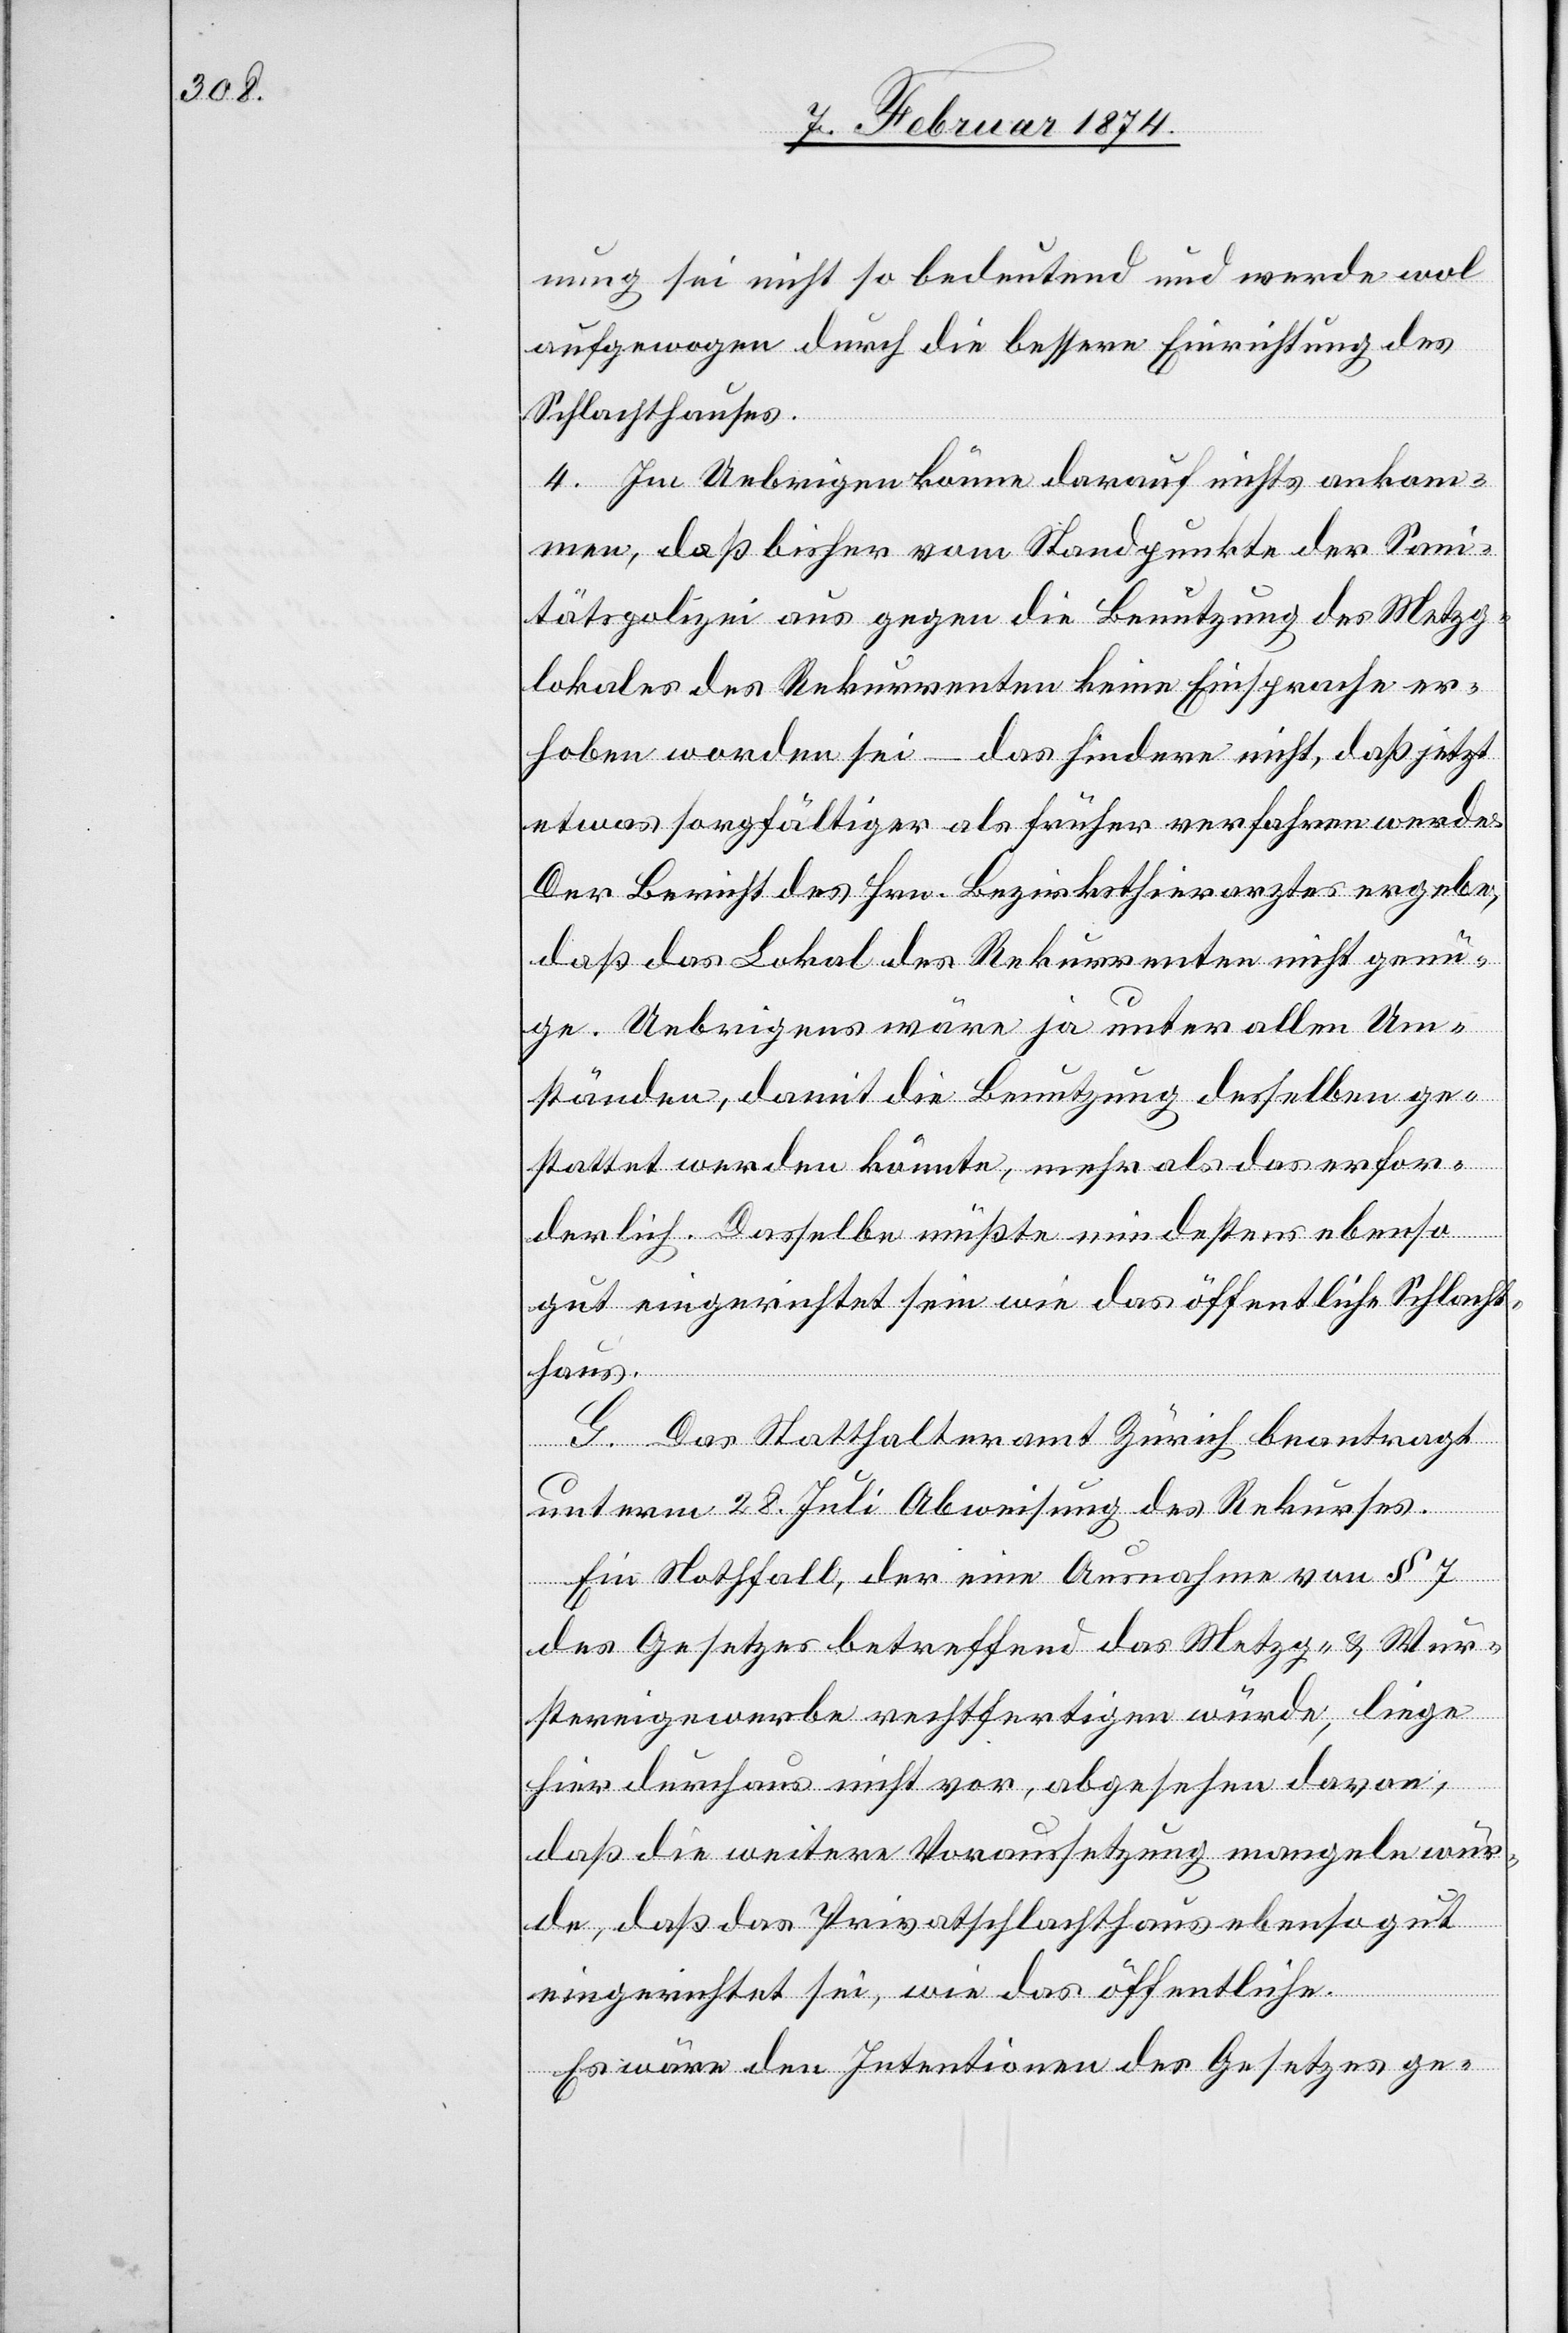
nung sei nicht so bedeutend und werde wol
aufgewogen durch die bessere Einrichtung des
Schlachthauses.
4. Im Uebrigen könne darauf nichts ankom¬
men, daß bisher vom Standpunkte der Sani¬
tätspolizei aus gegen die Benutzung des Metzg¬
lokales des Rekurrenten keine Einsprache er¬
hoben worden sei – das hindere nicht, daß jetzt
etwas sorgfältiger als früher verfahren werde.
Der Bericht des Hrn. Bezirksthierarztes ergebe,
daß das Lokal des Rekurrenten nicht genü¬
ge. Uebrigens wäre ja unter allen Um¬
ständen, damit die Benutzung desselben ge¬
stattet werden könnte, mehr als das erfor¬
derlich. Dasselbe müßte mindestens ebenso
gut eingerichtet sein wie das öffentliche Schlacht¬
haus.
G. Das Statthalteramt Zürich beantragt
unterm 28. Juli Abweisung des Rekurses.
Ein Nothfall, der eine Ausnahme vom § 7
des Gesetzes betreffend das Metzg- u. Wur¬
stereigewerbe rechtfertigen würde, liege
hier durchaus nicht vor, abgesehen davon,
daß die weitere Voraussetzung mangeln wür¬
de, daß das Privatschlachthaus ebenso gut
eingerichtet sei, wie das öffentliche.
Es wäre den Intentionen der Gesetzes ge-